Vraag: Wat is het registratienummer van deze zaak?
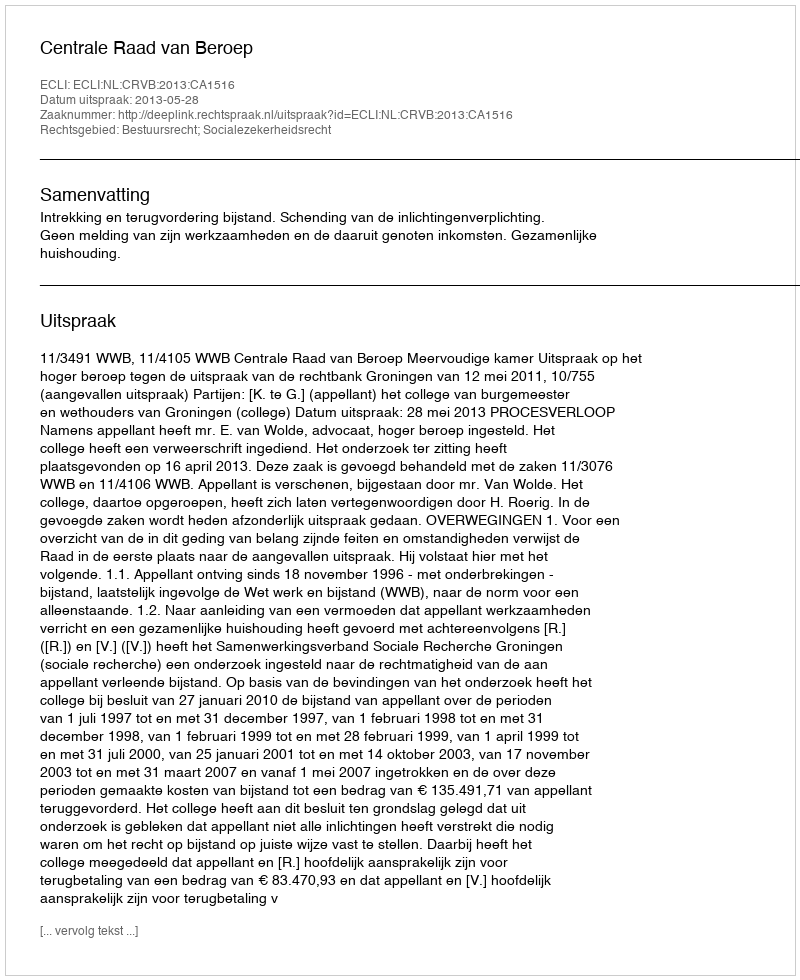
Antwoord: http://deeplink.rechtspraak.nl/uitspraak?id=ECLI:NL:CRVB:2013:CA1516